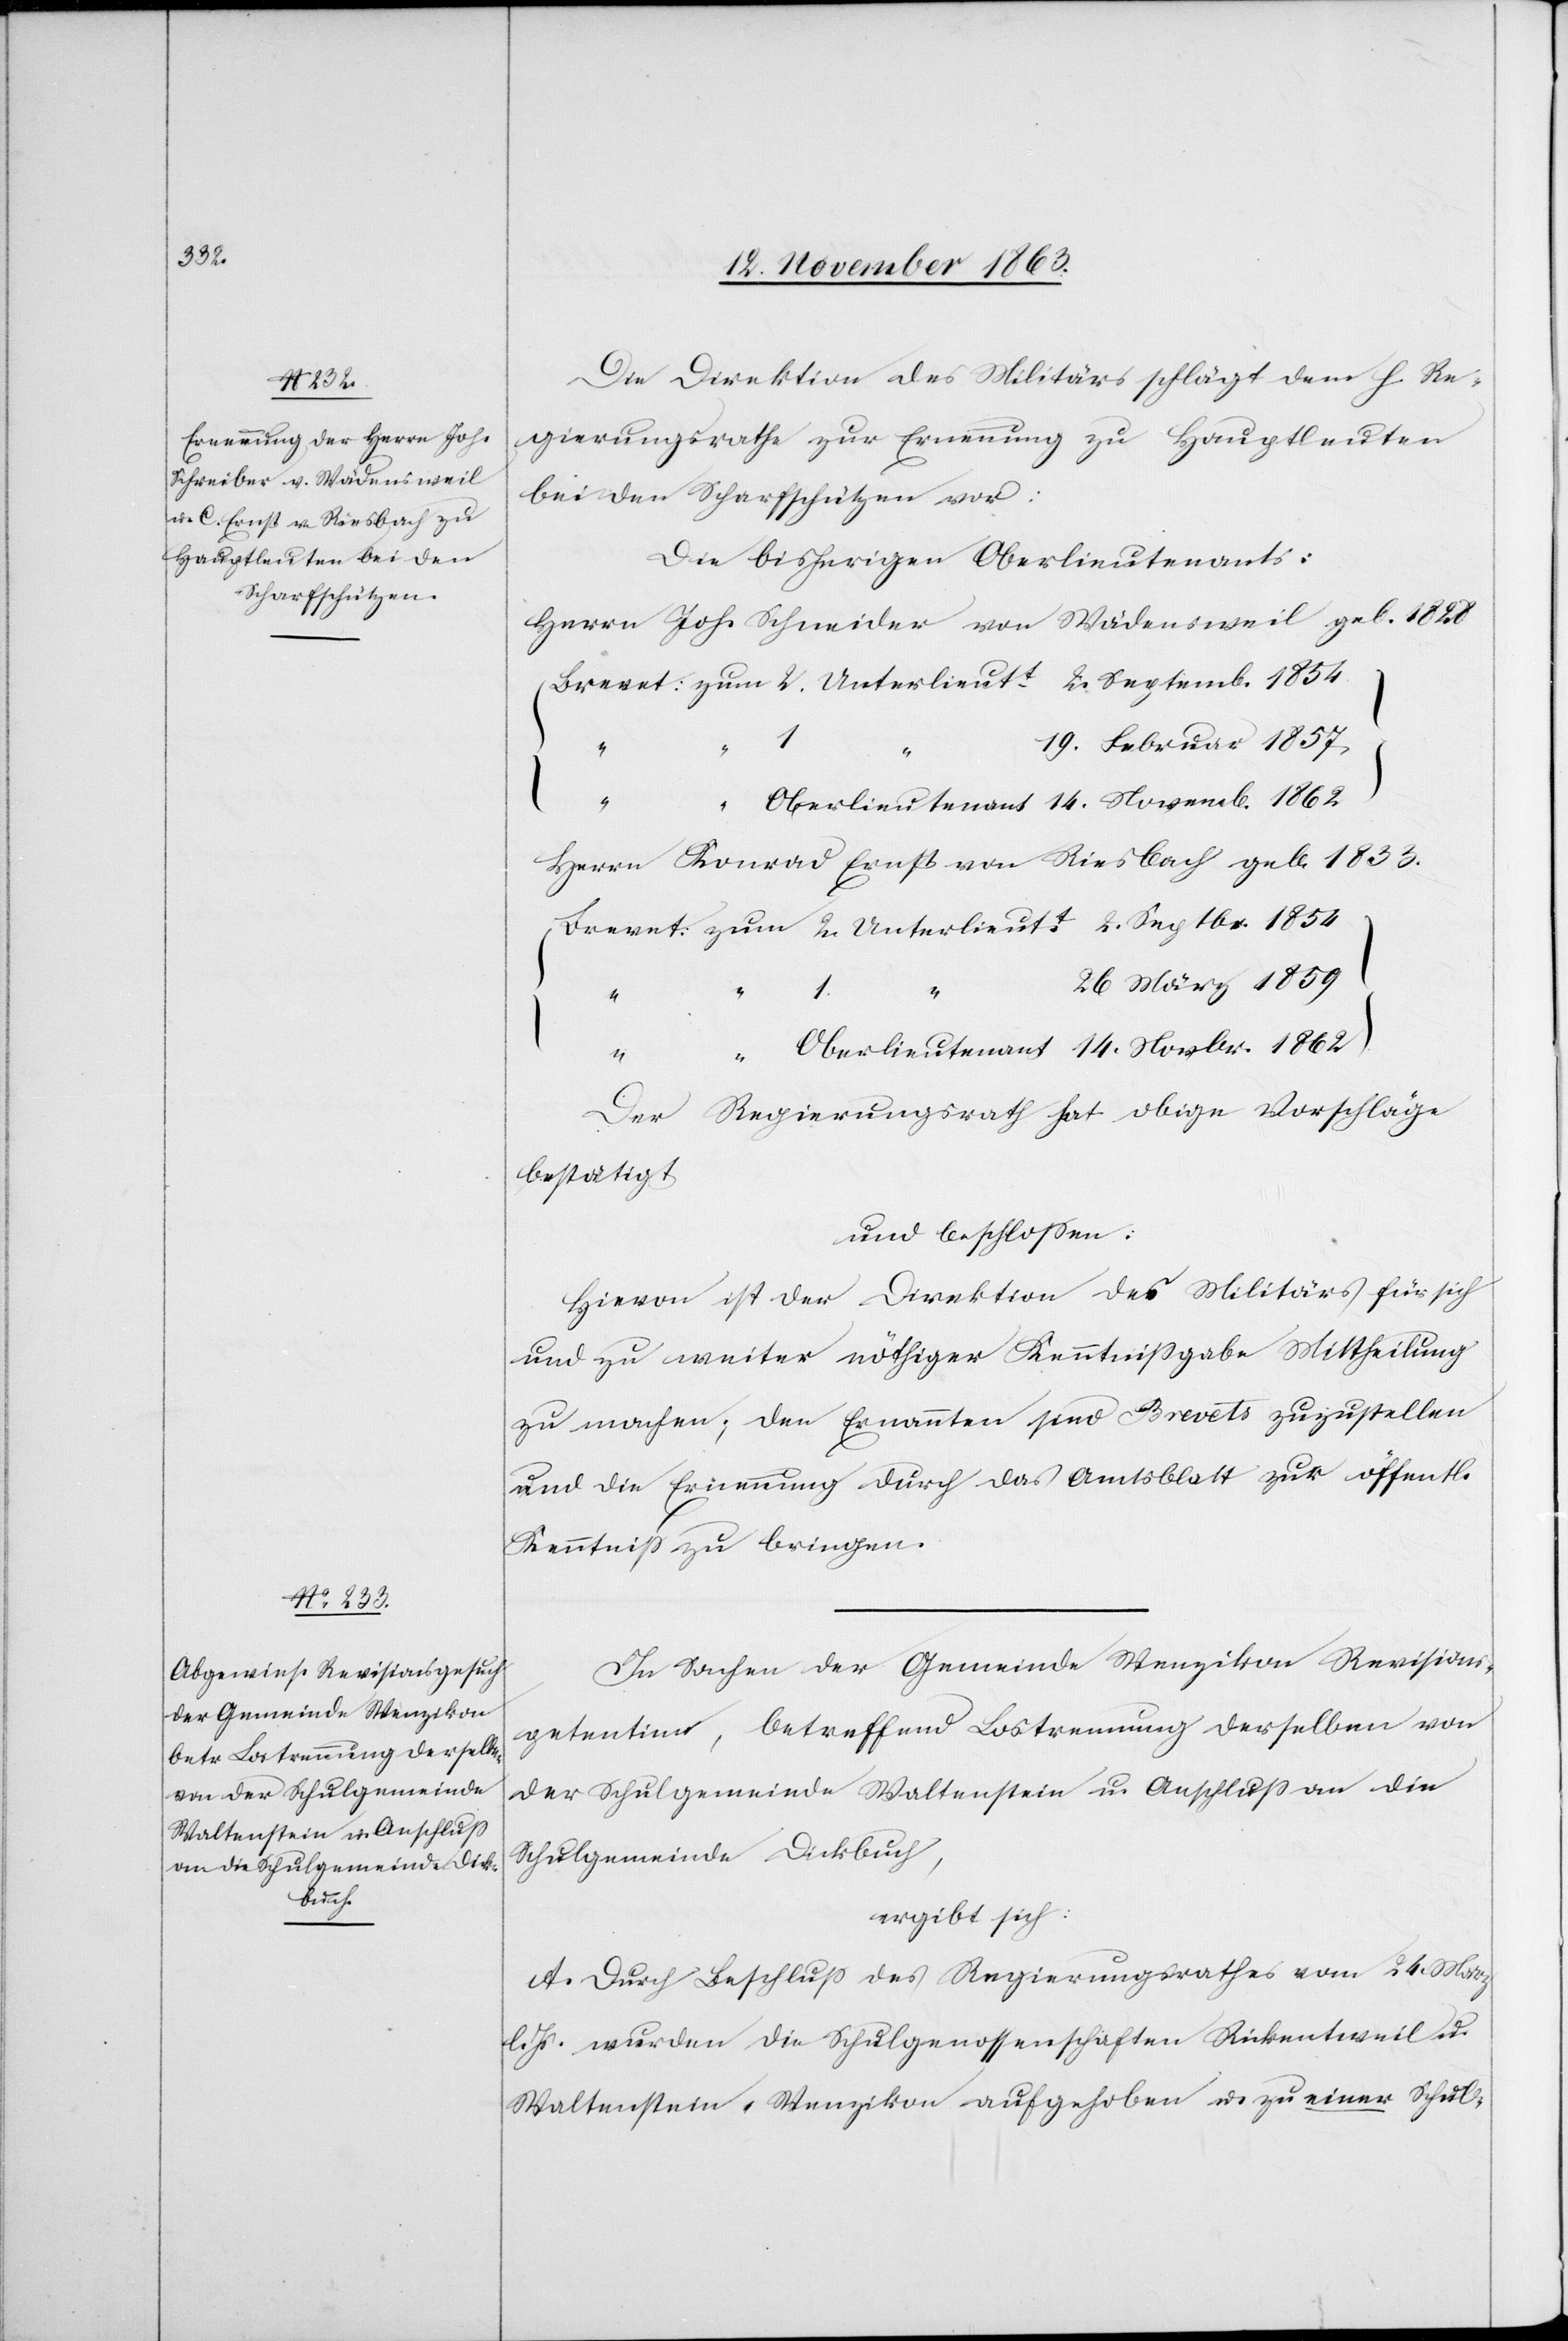
Die Direktion des Militärs schlägt dem h. Re¬
gierungsrathe zur Ernennung zu Hauptleuten
bei den Scharfschützen vor:
Die bisherigen Oberlieutenants:
Herrn Joh. Schneider von Wädensweil geb. 1828
14.
19. Februar 1857
Herrn Konrad Ernst von Riesbach geb. 1833.
26 März 1859
2.
14.
Der Regierungsrath hat obige Vorschläge
bestätigt
und beschlossen:
Hievon ist der Direktion des Militärs für sich
und zu weiter nöthiger Kenntnissgabe Mittheilung
zu machen; den Ernannten sind Brevets zuzustellen
und die Ernennung durch das Amtsblatt zur öffentl.
Kenntniss zu bringen.
In Sachen der Gemeinde Wenzikon Revisions¬
petentinn, betreffend Lostrennung derselben von
der Schulgemeinde Waltenstein u. Anschluss an die
Schulgemeinde Dickbuch,
ergibt sich:
A. Durch Beschluss des Regierungsrathes vom 24 Marz
l. Js. wurden die Schulgenossenschaften Rickentweil u.
Waltenstein-Wenzikon aufgehoben u. zu einer Schul-